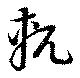
軏